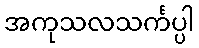
အကုသလသင်္ကပ္ပါ